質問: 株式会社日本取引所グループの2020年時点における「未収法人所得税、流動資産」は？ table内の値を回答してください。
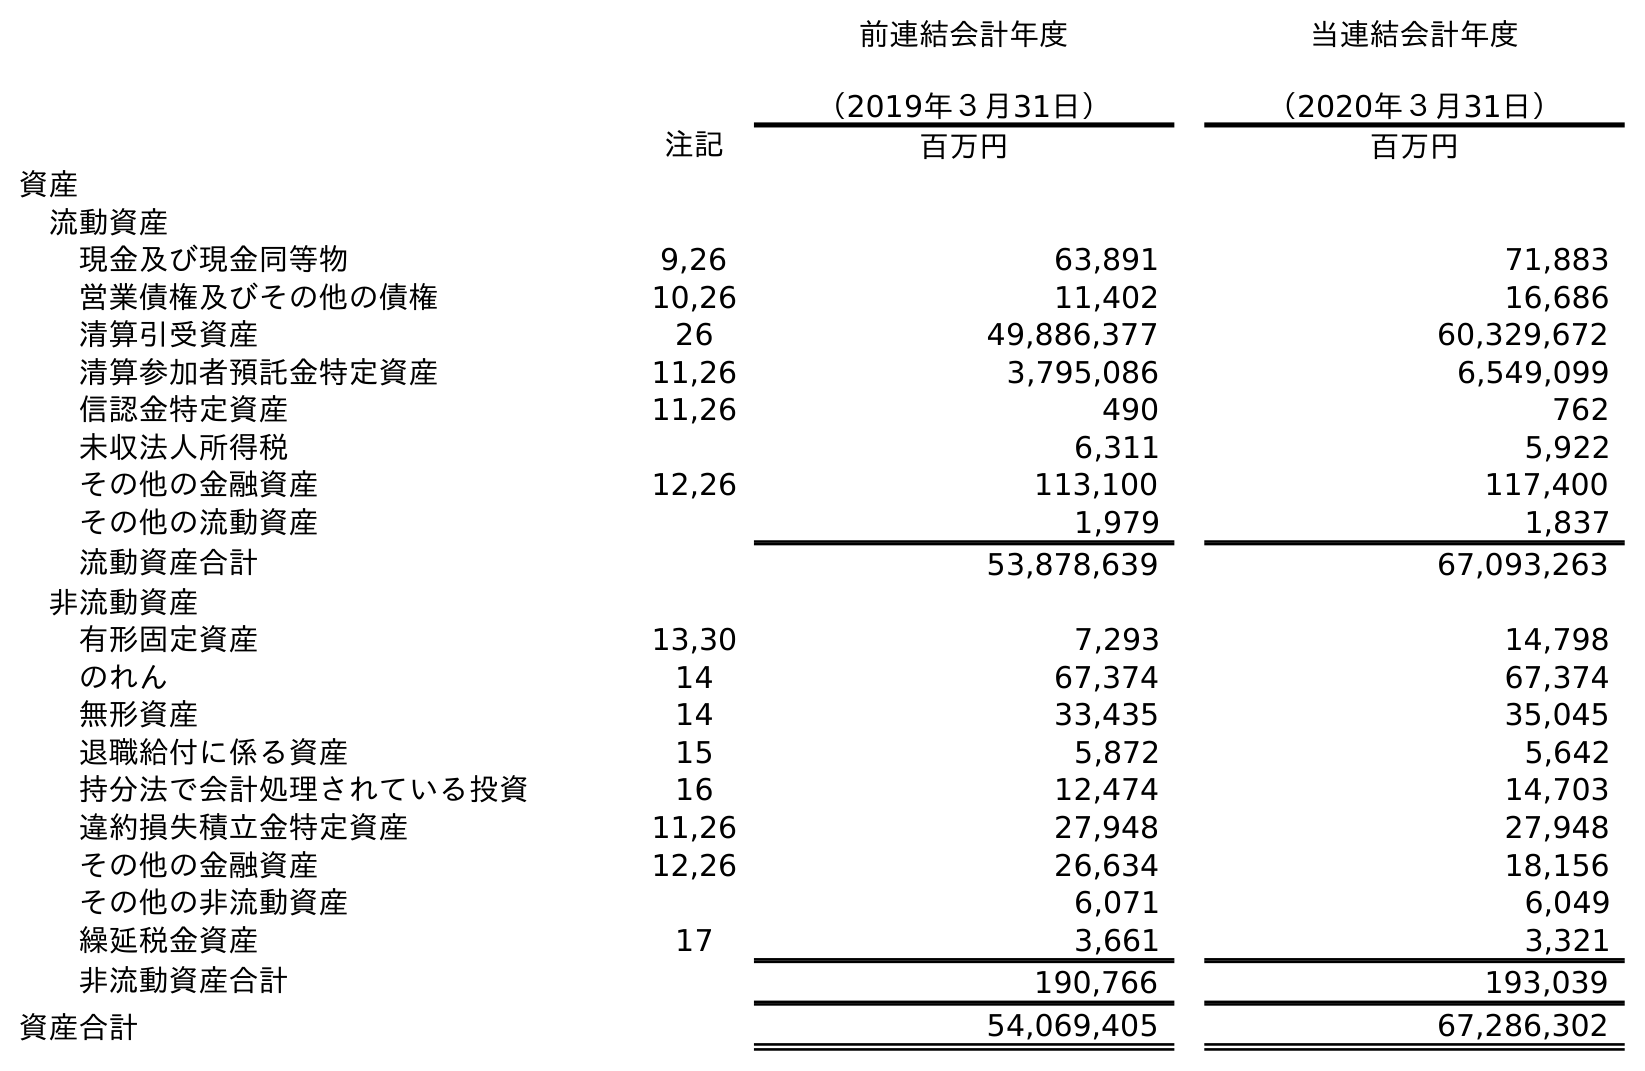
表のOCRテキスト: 前連結会計年度 （2019年３月31日） 当連結会計年度 （2020年３月31日） 注記 百万円 百万円 資産 流動資産 現金及び現金同等物 9,26 63,891 71,883 営業債権及びその他の債権 10,26 11,402 16,686 清算引受資産 26 49,886,377 60,329,672 清算参加者預託金特定資産 11,26 3,795,086 6,549,099 信認金特定資産 11,26 490 762 未収法人所得税 6,311 5,922 その他の金融資産 12,26 113,100 117,400 その他の流動資産 1,979 1,837 流動資産合計 53,878,639 67,093,263 非流動資産 有形固定資産 13,30 7,293 14,798 のれん 14 67,374 67,374 無形資産 14 33,435 35,045 退職給付に係る資産 15 5,872 5,642 持分法で会計処理されている投資 16 12,474 14,703 違約損失積立金特定資産 11,26 27,948 27,948 その他の金融資産 12,26 26,634 18,156 その他の非流動資産 6,071 6,049 繰延税金資産 17 3,661 3,321 非流動資産合計 190,766 193,039 資産合計 54,069,405 67,286,302
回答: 5,922